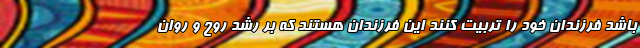
باشد فرزندان خود را تربیت کنند این فرزندان هستند که بر رشد روح و روان